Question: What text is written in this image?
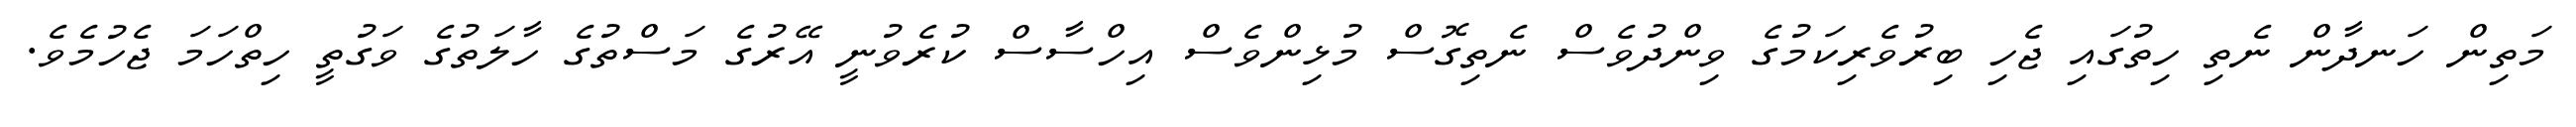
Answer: މަތިން ހަނދާން ނެތި ހިތުގައި ޖެހި ބިރުވެރިކަމުގެ ވިންދުވެސް ނެތިގޮސް މުޅިންވެސް އިހްސާސް ކުރެވުނީ އޭރުގެ މަސްތުގެ ހާލަތުގެ ވަގުތީ ހިތްހަމަ ޖެހުމެވެ.